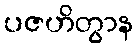
ပဇဟိတွာန